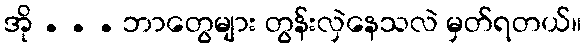
အို . . . ဘာတွေများ တွန်းလှဲနေသလဲ မှတ်ရတယ်။